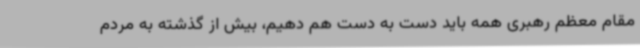
مقام معظم رهبری همه باید دست به دست هم دهیم، بیش از گذشته به مردم